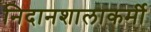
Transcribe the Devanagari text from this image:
निदानशालाकर्मी